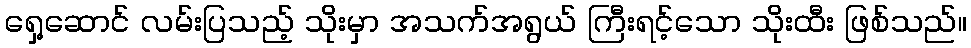
ရှေ့ဆောင် လမ်းပြသည့် သိုးမှာ အသက်အရွယ် ကြီးရင့်သော သိုးထီး ဖြစ်သည်။